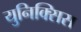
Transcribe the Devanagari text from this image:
युनिक्सिस